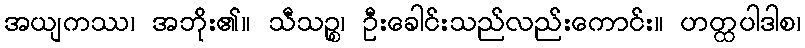
အယျကဿ၊ အဘိုး၏။ သီသဉ္စ၊ ဦးခေါင်းသည်လည်းကောင်း။ ဟတ္ထပါဒါစ၊